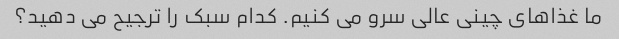
ما غذاهای چینی عالی سرو می کنیم. کدام سبک را ترجیح می دهید؟